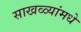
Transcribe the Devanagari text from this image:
साखळ्यांमधे